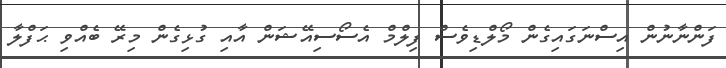
ފަންނާނުން އިސްނަގައިގެން މޯލްޑިވެސް ފިލްމް އެސޯސިއޭޝަން އާއި ގުޅިގެން މިރޭ ބެއްވި ޙަފްލާ